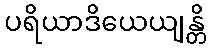
ပရိယာဒိယေယျန္တိ